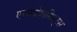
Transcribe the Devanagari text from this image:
एक्स्प्रेशनिस्ट्स